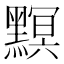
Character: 𪒄